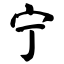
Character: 宁